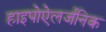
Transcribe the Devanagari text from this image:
हाइपोऐलर्जनिक